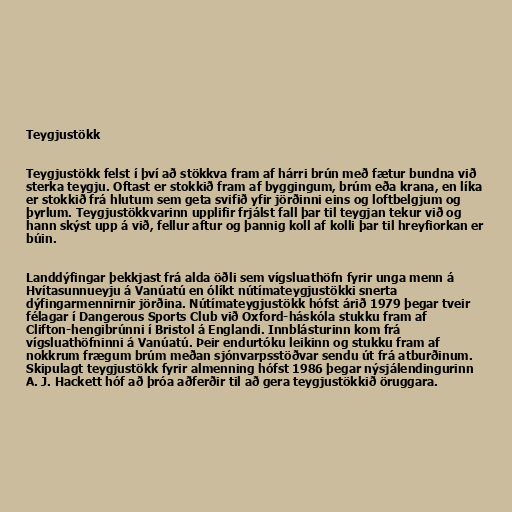
Teygjustökk

Teygjustökk felst í því að stökkva fram af hárri brún með fætur bundna við
sterka teygju. Oftast er stokkið fram af byggingum, brúm eða krana, en líka
er stokkið frá hlutum sem geta svifið yfir jörðinni eins og loftbelgjum og
þyrlum. Teygjustökkvarinn upplifir frjálst fall þar til teygjan tekur við og
hann skýst upp á við, fellur aftur og þannig koll af kolli þar til hreyfiorkan er
búin.

Landdýfingar þekkjast frá alda öðli sem vígsluathöfn fyrir unga menn á
Hvítasunnueyju á Vanúatú en ólíkt nútímateygjustökki snerta
dýfingarmennirnir jörðina. Nútímateygjustökk hófst árið 1979 þegar tveir
félagar í Dangerous Sports Club við Oxford-háskóla stukku fram af
Clifton-hengibrúnni í Bristol á Englandi. Innblásturinn kom frá
vígsluathöfninni á Vanúatú. Þeir endurtóku leikinn og stukku fram af
nokkrum frægum brúm meðan sjónvarpsstöðvar sendu út frá atburðinum.
Skipulagt teygjustökk fyrir almenning hófst 1986 þegar nýsjálendingurinn
A. J. Hackett hóf að þróa aðferðir til að gera teygjustökkið öruggara.